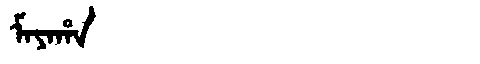
Manchu: ᠮᠠᠶᠠᡥᠠ
Romanization: MAYAHA